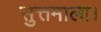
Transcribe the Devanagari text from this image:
सुत्तमाला।